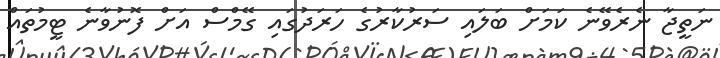
ނަތީޖާ ނެރެވޭނެ ކަމަށް ބަލައި ސަރުކާރުގެ ހަރަދުގައި ގޭމްސް އަށް ފޮނުވާނެ ޓީމުތައް